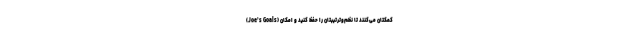
(Joe’s Goals) کمکتان می‌کنند تا نظم‌وترتیبتان را حفظ کنید و امکان